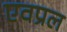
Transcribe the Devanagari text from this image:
एवप्रल